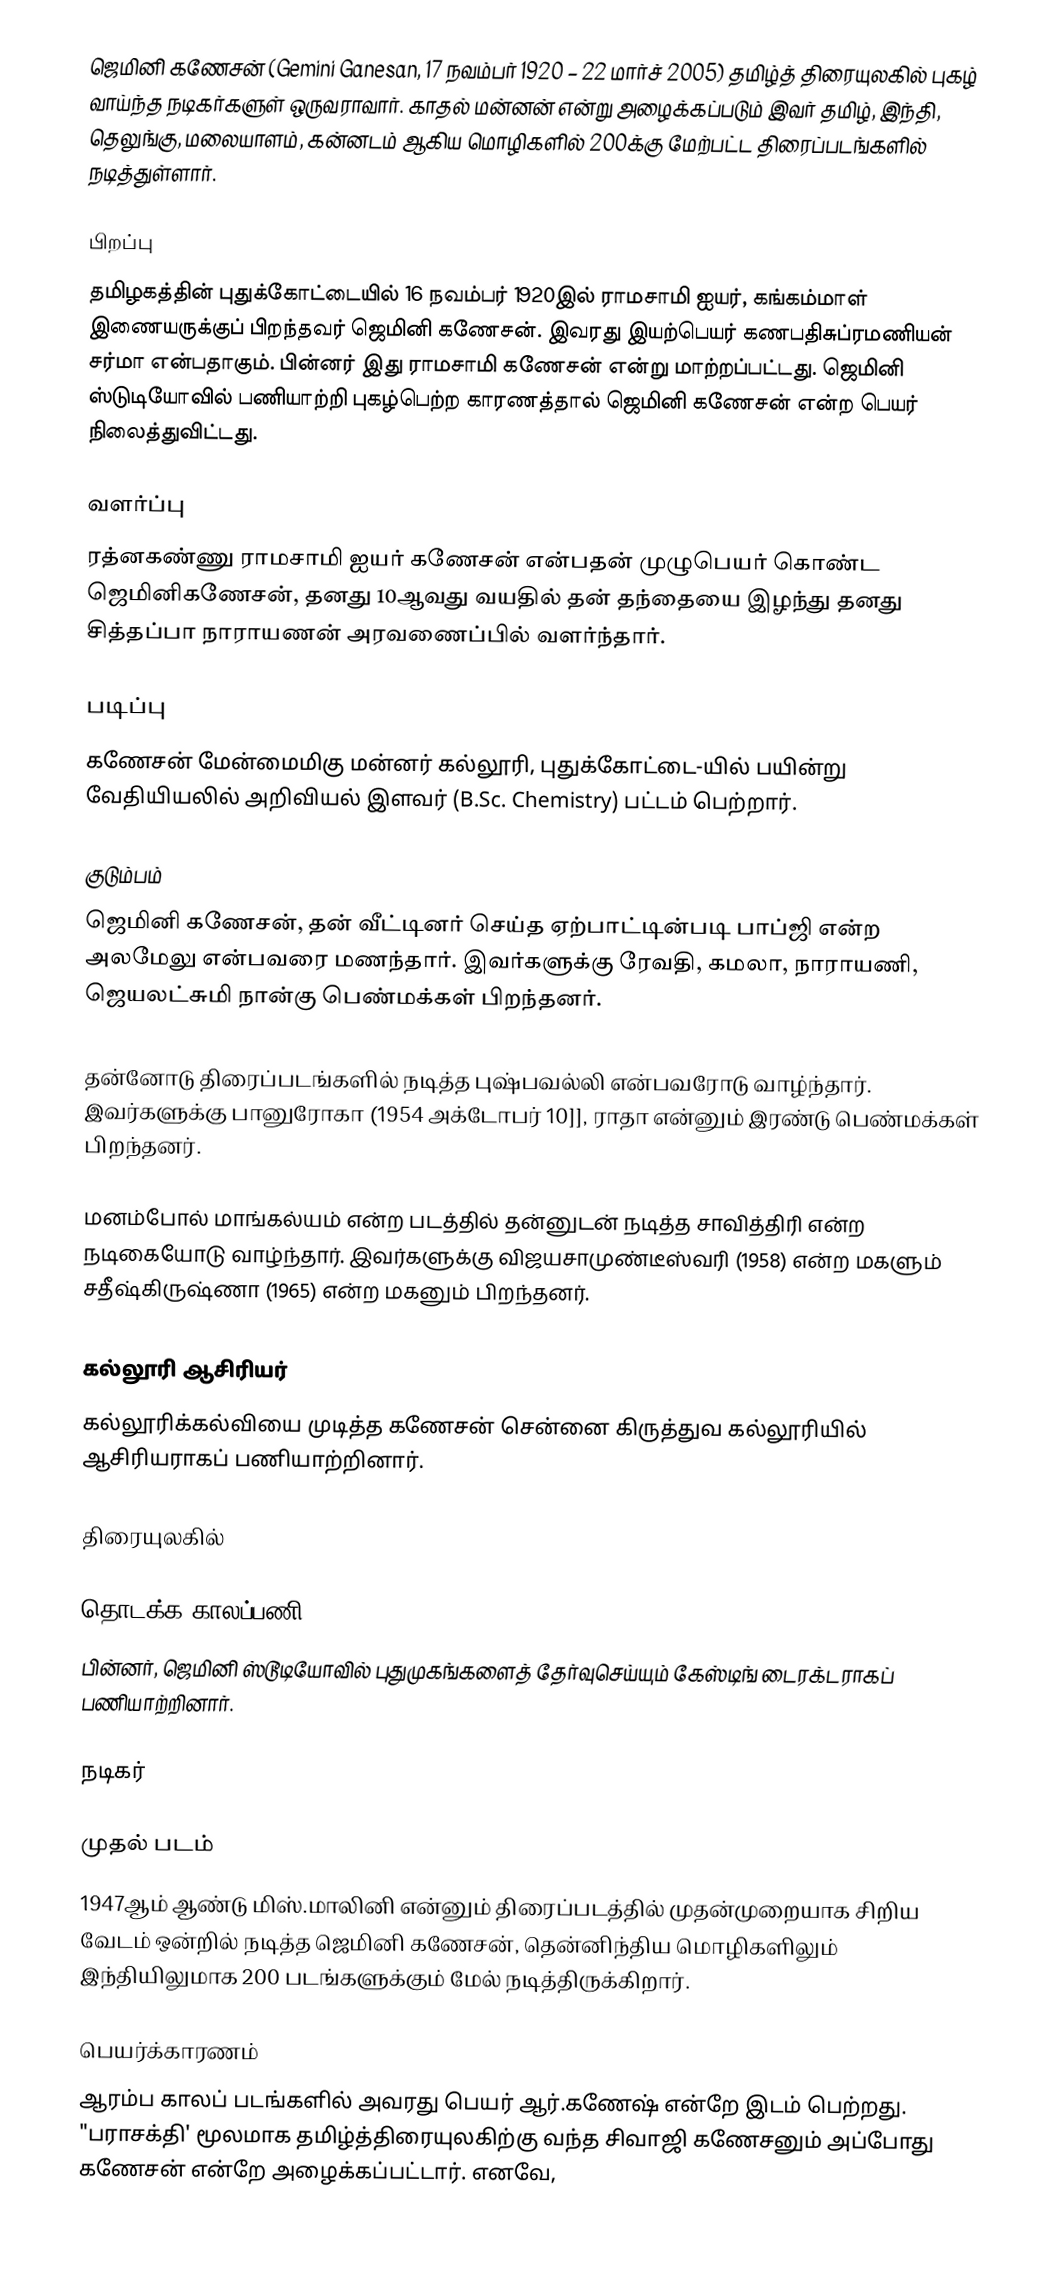
ஜெமினி கணேசன் (Gemini Ganesan, 17 நவம்பர் 1920 – 22 மார்ச் 2005) தமிழ்த் திரையுலகில் புகழ் வாய்ந்த நடிகர்களுள் ஒருவராவார். காதல் மன்னன் என்று அழைக்கப்படும் இவர் தமிழ், இந்தி, தெலுங்கு, மலையாளம், கன்னடம் ஆகிய மொழிகளில் 200க்கு மேற்பட்ட திரைப்படங்களில் நடித்துள்ளார்.

பிறப்பு
தமிழகத்தின் புதுக்கோட்டையில் 16 நவம்பர் 1920இல் ராமசாமி ஐயர், கங்கம்மாள் இணையருக்குப் பிறந்தவர் ஜெமினி கணேசன். இவரது இயற்பெயர் கணபதிசுப்ரமணியன் சர்மா என்பதாகும். பின்னர் இது ராமசாமி கணேசன் என்று மாற்றப்பட்டது. ஜெமினி ஸ்டுடியோவில் பணியாற்றி புகழ்பெற்ற காரணத்தால் ஜெமினி கணேசன் என்ற பெயர் நிலைத்துவிட்டது.

வளர்ப்பு
ரத்னகண்ணு ராமசாமி ஐயா் கணேசன் என்பதன் முழுபெயர் கொண்ட ஜெமினிகணேசன், தனது 10ஆவது வயதில் தன் தந்தையை இழந்து தனது சித்தப்பா நாராயணன் அரவணைப்பில் வளர்ந்தார்.

படிப்பு
கணேசன் மேன்மைமிகு மன்னர் கல்லூரி, புதுக்கோட்டை-யில் பயின்று வேதியியலில் அறிவியல் இளவர் (B.Sc. Chemistry) பட்டம் பெற்றார்.

குடும்பம்
ஜெமினி கணேசன், தன் வீட்டினர் செய்த ஏற்பாட்டின்படி பாப்ஜி என்ற அலமேலு என்பவரை மணந்தார். இவர்களுக்கு ரேவதி, கமலா, நாராயணி, ஜெயலட்சுமி நான்கு பெண்மக்கள் பிறந்தனர்.

தன்னோடு திரைப்படங்களில் நடித்த புஷ்பவல்லி என்பவரோடு வாழ்ந்தார். இவர்களுக்கு பானுரோகா (1954 அக்டோபர் 10]], ராதா என்னும் இரண்டு பெண்மக்கள் பிறந்தனர்.

மனம்போல் மாங்கல்யம் என்ற படத்தில் தன்னுடன் நடித்த சாவித்திரி என்ற நடிகையோடு வாழ்ந்தார். இவர்களுக்கு விஜயசாமுண்டீஸ்வரி (1958) என்ற மகளும் சதீஷ்கிருஷ்ணா (1965) என்ற மகனும் பிறந்தனர்.

கல்லூரி ஆசிரியர்
கல்லூரிக்கல்வியை முடித்த கணேசன் சென்னை கிருத்துவ கல்லூரியில் ஆசிரியராகப் பணியாற்றினார்.

திரையுலகில்

தொடக்க காலப்பணி
பின்னர், ஜெமினி ஸ்டூடியோவில் புதுமுகங்களைத் தேர்வுசெய்யும் கேஸ்டிங் டைரக்டராகப் பணியாற்றினார்.

நடிகர்

முதல் படம்
1947ஆம் ஆண்டு மிஸ்.மாலினி என்னும் திரைப்படத்தில் முதன்முறையாக சிறிய வேடம் ஒன்றில் நடித்த ஜெமினி கணேசன், தென்னிந்திய மொழிகளிலும் இந்தியிலுமாக 200 படங்களுக்கும் மேல் நடித்திருக்கிறார்.

பெயர்க்காரணம்
ஆரம்ப காலப் படங்களில் அவரது பெயர் ஆர்.கணேஷ் என்றே இடம் பெற்றது. "பராசக்தி' மூலமாக தமிழ்த்திரையுலகிற்கு வந்த சிவாஜி கணேசனும் அப்போது கணேசன் என்றே அழைக்கப்பட்டார். எனவே,